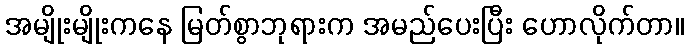
အမျိုးမျိုးကနေ မြတ်စွာဘုရားက အမည်ပေးပြီး ဟောလိုက်တာ။